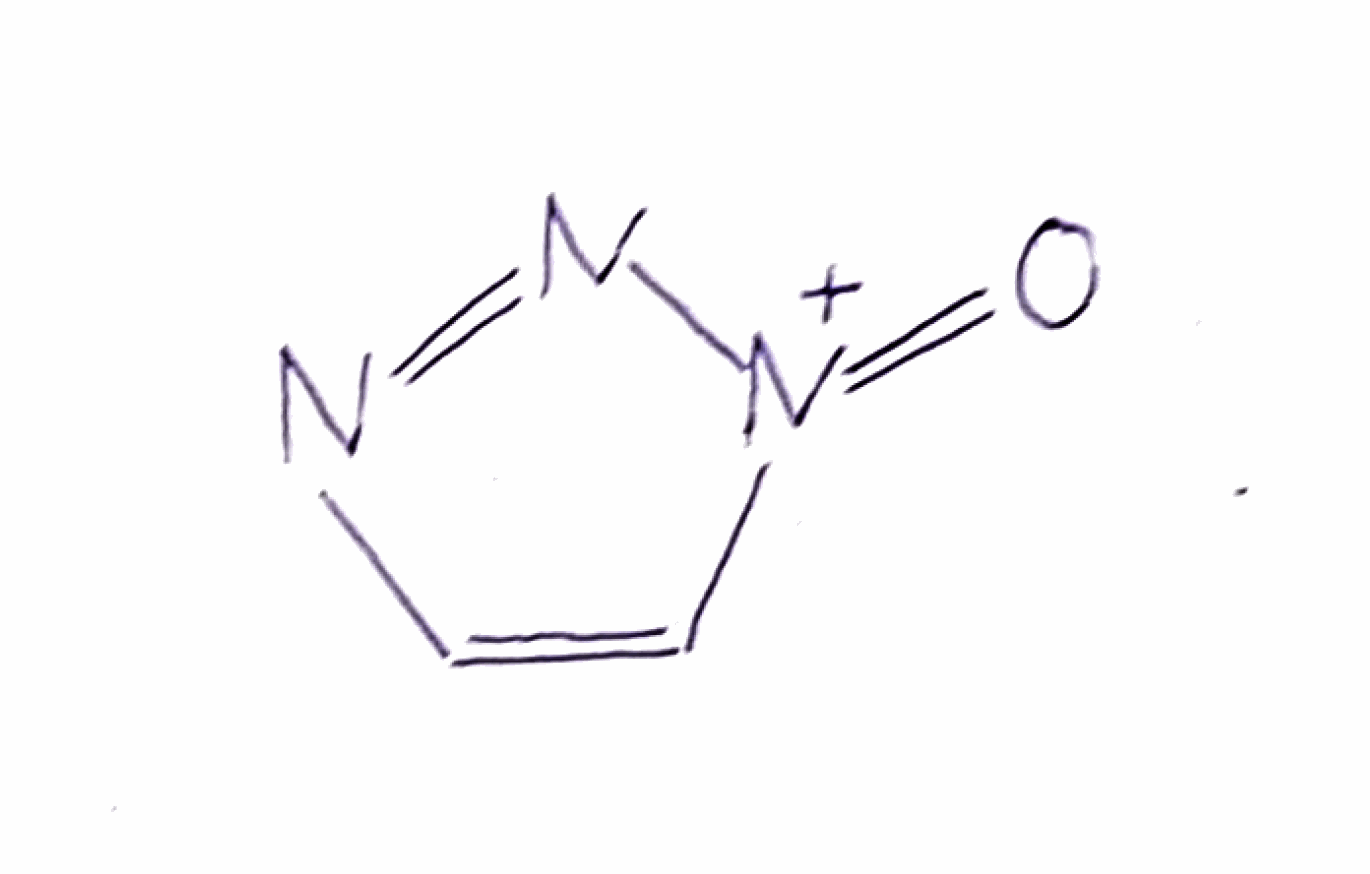
Simplified molecular-input line-entry system (SMILES) notation of the given molecule:
C1=C[N+](=O)N=N1